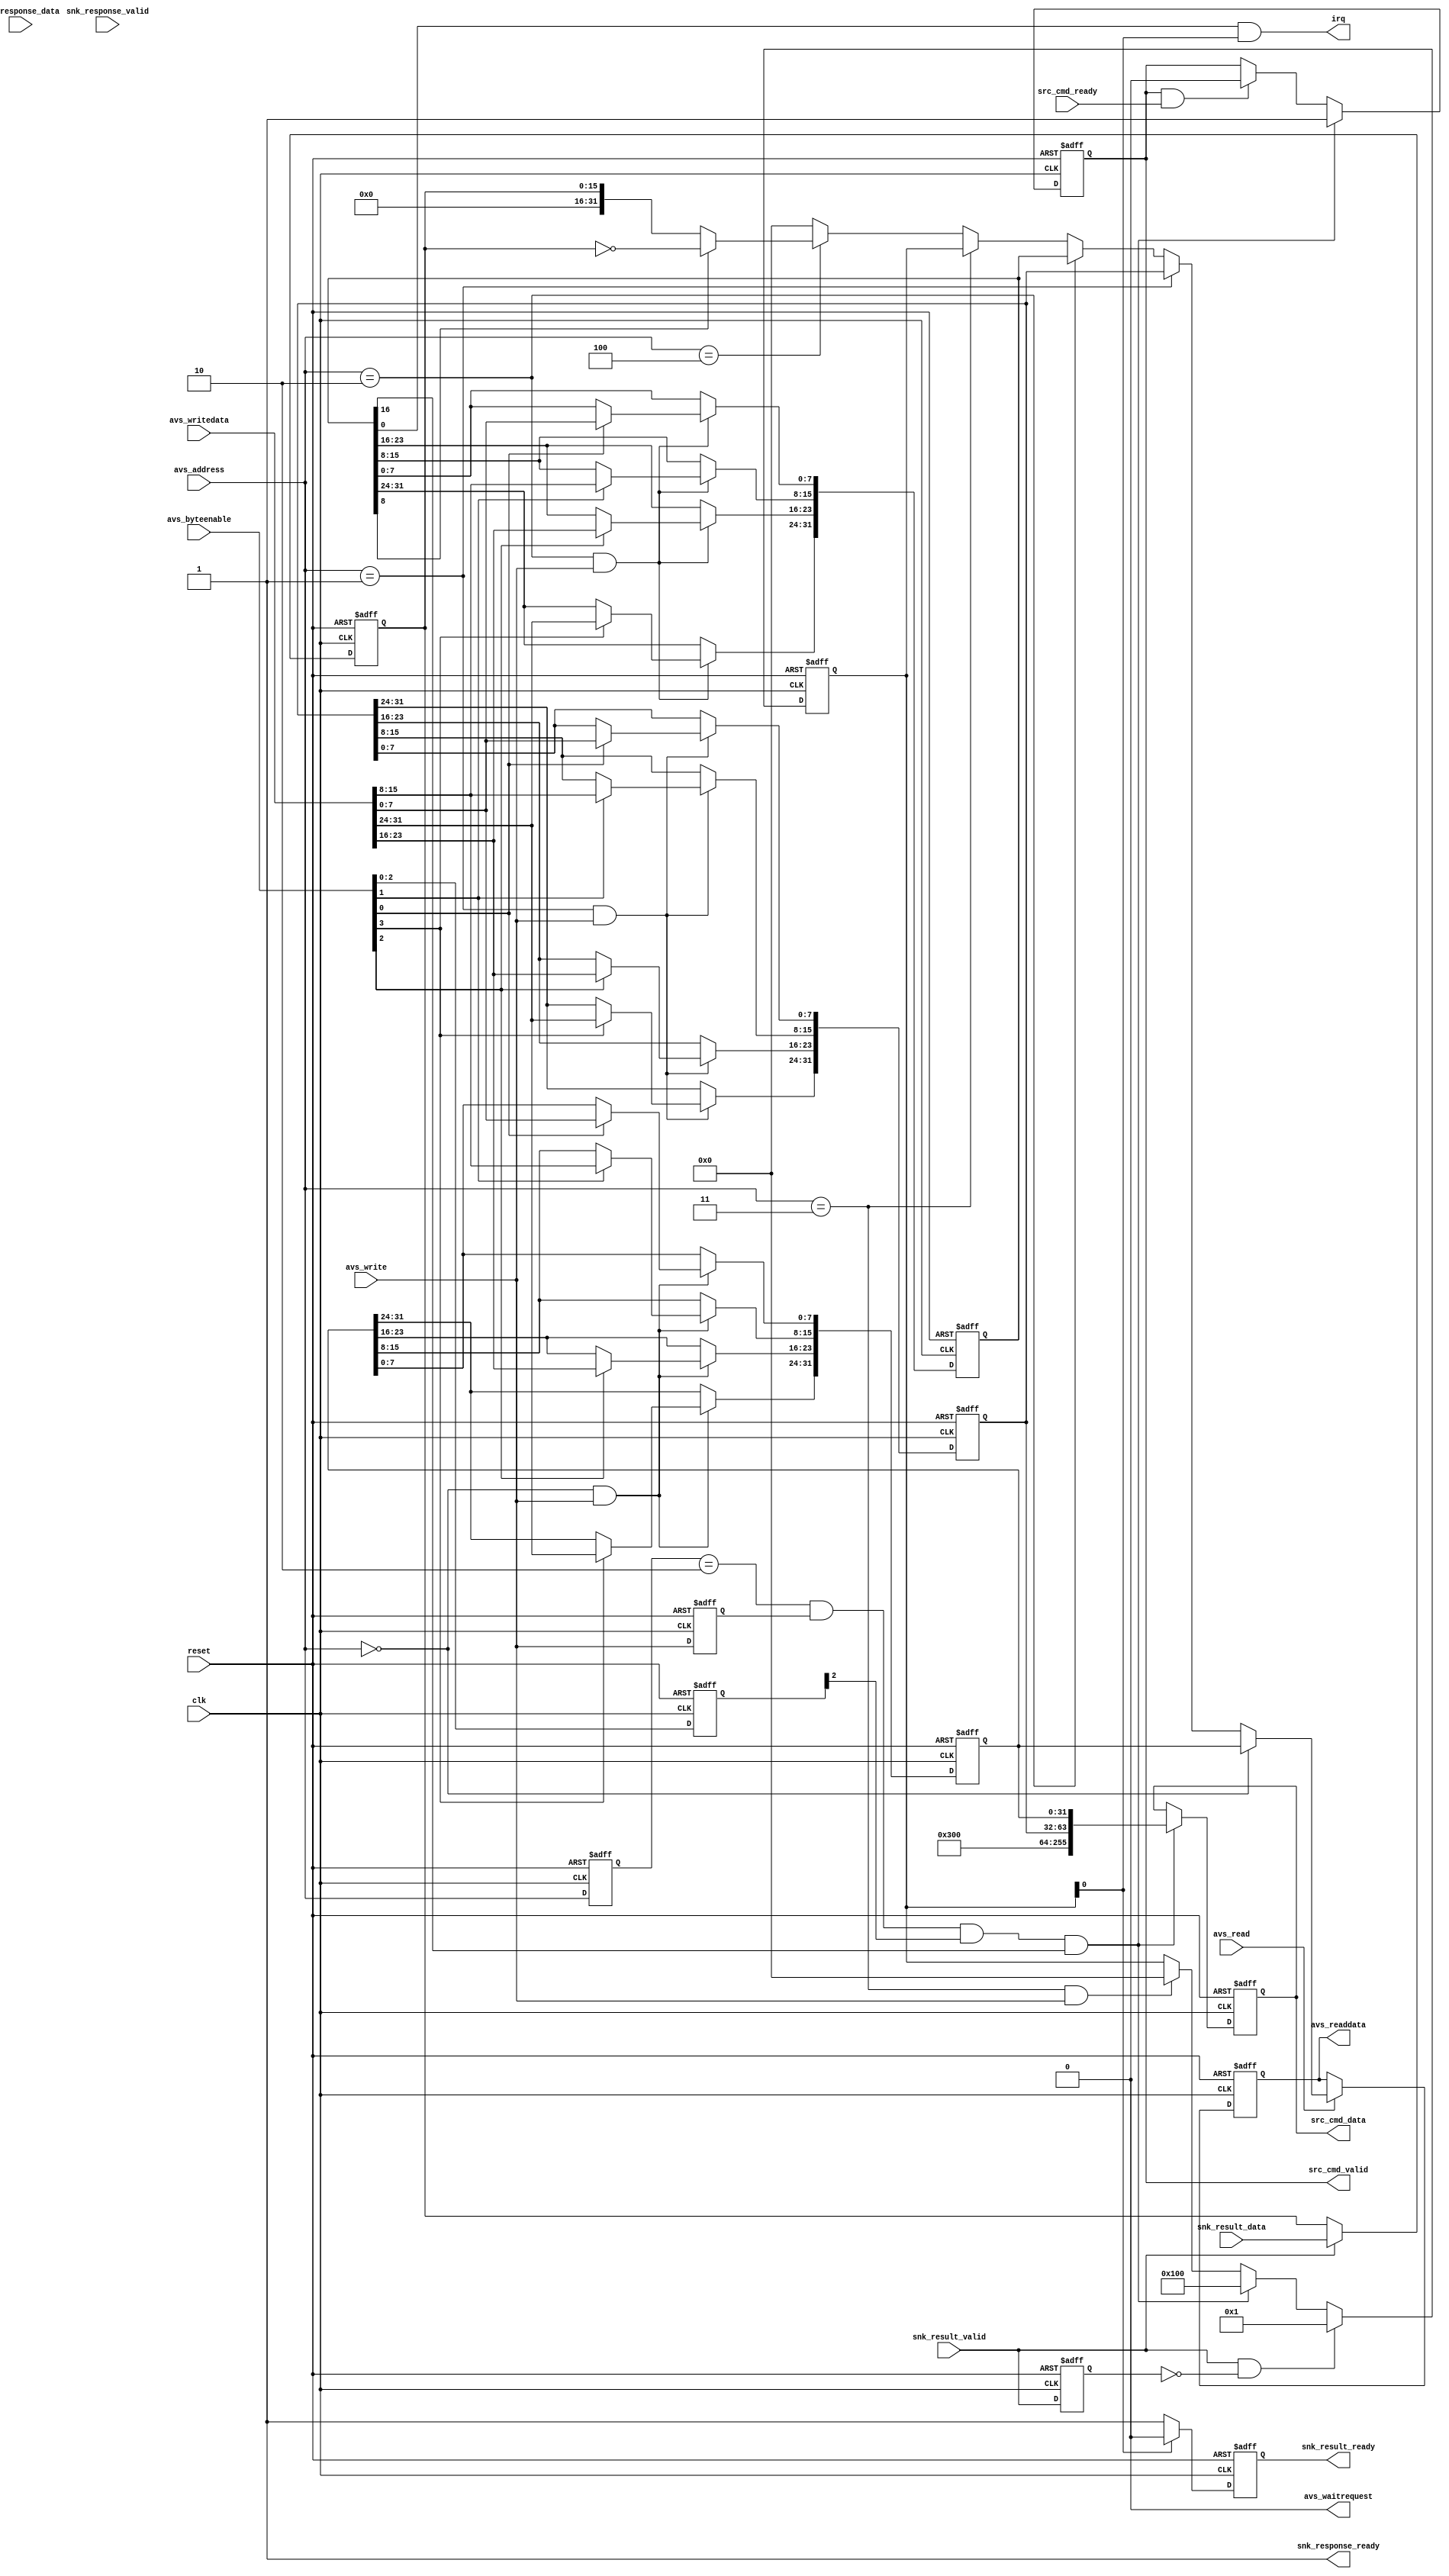
module controller(
	clk,
	reset,
	
	avs_address,
	avs_read,
	avs_readdata,
	avs_write,
	avs_writedata,
	avs_byteenable,
	avs_waitrequest,
	
	src_cmd_data,
	src_cmd_valid,
	src_cmd_ready,
	
	snk_response_data,
	snk_response_valid,
	snk_response_ready,
	
	snk_result_data,
	snk_result_valid,
	snk_result_ready,
	
	irq
);

	input clk;
	input reset;
	input [2:0] avs_address;
	input avs_read;
	output wire [31:0] avs_readdata;
	input avs_write;
	input [31:0] avs_writedata;
	input [3:0] avs_byteenable;
	output wire avs_waitrequest;
	
	output reg [255:0] src_cmd_data;
	output reg src_cmd_valid;
	input src_cmd_ready;
	
	input [255:0] snk_response_data;
	input snk_response_valid;
	output wire snk_response_ready;
	
	input [15:0] snk_result_data;
	input snk_result_valid;
	output reg snk_result_ready;
	
	output wire irq;
	
	reg [31:0] read_address_register;
	reg [31:0] length_register;
	reg [31:0] control_register;
	reg [31:0] status_register;
	reg [15:0] checksum_result;
	reg control_go_d1;
	reg done_d1;
	reg [31:0] control_readdata_temp_d1;
	reg [2:0] avs_address_dl;
	reg avs_write_dl;
	reg [3:0] avs_byteenable_dl;
	
	wire [255:0] read_command_data_out;
	wire interrupt_en;
	wire result_invert;
	wire control_go;	
	wire done;
	wire done_strobe;
	wire [31:0] control_readdata_temp;
	wire [31:0] checksum_register;
	

/**************************************************************
 Readback path (latency 1)
 **************************************************************/
	assign checksum_register = (result_invert == 1)? ~checksum_result : checksum_result;
	
	assign control_readdata_temp = (avs_address == 3'b000)? read_address_register :
							  (avs_address == 3'b001)? length_register :
							  (avs_address == 3'b010)? control_register :
							  (avs_address == 3'b011)? status_register : 
							  (avs_address == 3'b100)? checksum_register : 0;
							
	always @ (posedge clk or posedge reset)
	begin
		if (reset)
		begin
			control_readdata_temp_d1 <= 0;
		end
		else
		begin
			if (avs_read == 1)
			begin
				control_readdata_temp_d1 <= control_readdata_temp;
			end
		end
	end
	
	assign avs_readdata = control_readdata_temp_d1;

	
/**************************************************************
 Read address register
 **************************************************************/
	always @ (posedge clk or posedge reset)
	begin
		if (reset)
		begin
			read_address_register <= 0;
		end
		else
		begin
			if ((avs_address == 3'b000) & (avs_write == 1))
			begin
				if (avs_byteenable[0] == 1)
				begin
					read_address_register[7:0] <= avs_writedata[7:0];
				end
				if (avs_byteenable[1] == 1)
				begin
					read_address_register[15:8] <= avs_writedata[15:8];
				end
				if (avs_byteenable[2] == 1)
				begin
					read_address_register[23:16] <= avs_writedata[23:16];
				end
				if (avs_byteenable[3] == 1)
				begin
					read_address_register[31:24] <= avs_writedata[31:24];
				end		
			end
		end
	end
	
/**************************************************************
 Length register
 **************************************************************/
	always @ (posedge clk or posedge reset)
	begin
		if (reset)
		begin
			length_register <= 0;
		end
		else
		begin
			if ((avs_address == 3'b001) & (avs_write == 1))
			begin
				if (avs_byteenable[0] == 1)
				begin
					length_register[7:0] <= avs_writedata[7:0];
				end
				if (avs_byteenable[1] == 1)
				begin
					length_register[15:8] <= avs_writedata[15:8];
				end
				if (avs_byteenable[2] == 1)
				begin
					length_register[23:16] <= avs_writedata[23:16];
				end
				if (avs_byteenable[3] == 1)
				begin
					length_register[31:24] <= avs_writedata[31:24];
				end		
			end
		end
	end

/**************************************************************
 Delayed registers
 **************************************************************/	
	always @ (posedge clk or posedge reset)
	begin
		if (reset)
		begin
			avs_write_dl <= 0;
			avs_address_dl <= 0;
			avs_byteenable_dl <= 0;
		end
		else
		begin
			avs_write_dl <= avs_write;
			avs_address_dl <= avs_address;
			avs_byteenable_dl <= avs_byteenable;
		end
	end
	
/**************************************************************
 Control register
 **************************************************************/
	always @ (posedge clk or posedge reset)
	begin
		if (reset)
		begin
			control_register <= 0;
		end
		else
		begin
			if ((avs_address == 3'b010) & (avs_write == 1))
			begin
				if (avs_byteenable[0] == 1)
				begin
					control_register[7:0] <= avs_writedata[7:0];
				end
				if (avs_byteenable[1] == 1)
				begin
					control_register[15:8] <= avs_writedata[15:8];
				end
				if (avs_byteenable[2] == 1)
				begin
					control_register[23:16] <= avs_writedata[23:16];
				end
				if (avs_byteenable[3] == 1)
				begin
					control_register[31:24] <= avs_writedata[31:24];
				end		
			end
		end
	end
	
	assign interrupt_en = control_register[0];
	assign result_invert = control_register[8];
	assign control_go = ((avs_address_dl == 3'b010) & (avs_write_dl == 1) & (avs_byteenable_dl[2] == 1)) & control_register[16]; //write this bit after finish writing length and read addr

	
/**************************************************************
 Status register, done, busy, interrupt
 **************************************************************/
	always @ (posedge clk or posedge reset)
	begin
		if (reset)
		begin
			status_register <= 0;
		end
		else
		begin
			if (done_strobe == 1)
			begin
				status_register <= 32'h00000001;  //done
			end
			else if (control_go == 1)
			begin
				status_register <= 32'h00000100;  //busy
			end
			else if ((avs_address == 3'b011) & (avs_write == 1))
			begin
				status_register <= 32'h0;  // clear on write
			end
		end
	end

	always @ (posedge clk or posedge reset)
	begin
		if (reset)
		begin
			done_d1 <= 0;
		end
		else
		begin			
				done_d1 <= done;			
		end
	end
	
	assign done = snk_result_valid;
	assign done_strobe = (done == 1) & (done_d1 == 0);
	
	assign irq = interrupt_en & status_register[0];
	
/**************************************************************
 Checksum result register
 **************************************************************/
	always @ (posedge clk or posedge reset)
	begin
		if (reset)
		begin
			checksum_result <= 0;
		end
		else
		begin
			if (snk_result_valid == 1)
			begin
				checksum_result <= snk_result_data;
			end		
		end
	end
		
	always @ (posedge clk or posedge reset)
	begin
		if (reset)
		begin
			snk_result_ready <= 1;
		end
		else
		begin
			if (status_register[0] == 1)
			begin
				snk_result_ready <= 0;
			end
			else if (status_register[0] == 0)
			begin
				snk_result_ready <= 1;
			end			
		end
	end


/**************************************************************
 Command sent to read master with valid signal
 **************************************************************/
	assign read_command_data_out = {{148{1'b0}},  // zero pad the upper 148 bits
                                 {8{1'b0}},			// error support is not used
                                 {16{1'b0}},		// stride addressing is disabled
                                 {8{1'b0}},			// BURST!!!
                                 1'b0,					// sw reset is disabled
                                 1'b0,					// sw stop is disabled
                                 1'b1,					// EOP = 1
                                 1'b1,					// SOP = 1
                                 {8{1'b0}},			// channel support is not used
                                 length_register,
                                 read_address_register};

	always @ (posedge clk or posedge reset)
	begin
		if (reset)
		begin
			src_cmd_data <= 0;
		end
		else
		begin
			if (control_go == 1) 
			begin
				src_cmd_data <= read_command_data_out;
			end
		end
	end
	
	always @ (posedge clk or posedge reset)
	begin
		if (reset)
		begin
			src_cmd_valid <= 0;
		end
		else
		begin
			if (control_go == 1) 
			begin
				src_cmd_valid <= 1'b1;
			end
			else if ((src_cmd_valid == 1) & (src_cmd_ready == 1))
			begin
				src_cmd_valid <= 1'b0;
			end
		end
	end
	
/**************************************************************
 Do nothing with the response receive from the read master
 **************************************************************/
	assign snk_response_ready = 1'b1;

	
/**************************************************************
 Waitrequest wired to ground
 **************************************************************/
	assign avs_waitrequest = 1'b0;
	
endmodule